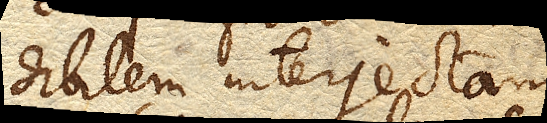
dibilem interjectam,